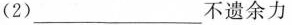
(2)___不遗余力